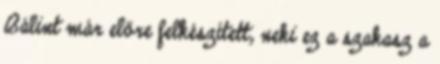
Bálint már előre felkészített, neki ez a szakasz a